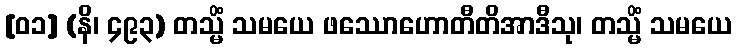
[၀၁] (နိ၊ ၄၉၃) တသ္မိံ သမယေ ဖဿောဟောတီတိအာဒီသု၊ တသ္မိံ သမယေ